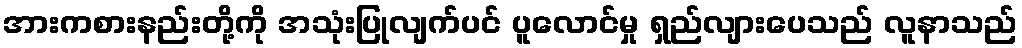
အားကစားနည်းတို့ကို အသုံးပြုလျက်ပင် ပူလောင်မှု ရှည်လျားပေသည် လူနာသည်